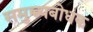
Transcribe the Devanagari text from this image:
समुच्च्यबोधक